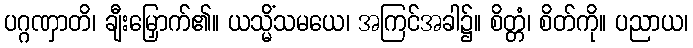
ပဂ္ဂဏှာတိ၊ ချီးမြှောက်၏။ ယသ္မိံသမယေ၊ အကြင်အခါ၌။ စိတ္တံ၊ စိတ်ကို။ ပညာယ၊